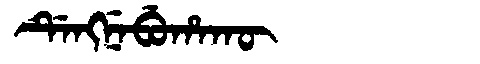
Manchu: ᡩᡝᠩᠨᡝᠪᡠᡥᠠᡴᡡ
Romanization: DENGNEBUHAKŪ